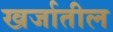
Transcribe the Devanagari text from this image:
खर्जातील